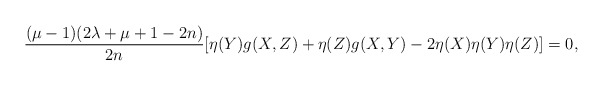
\begin{align*}\frac{(\mu-1)(2\lambda+\mu+1-2n)}{2n}[\eta(Y)g(X,Z)+\eta(Z)g(X,Y)-2\eta(X)\eta(Y)\eta(Z)]=0,\end{align*}